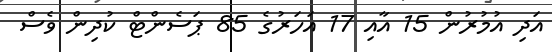
އަދި އުމުރުން 15 އާއި 17 އަހަރުގެ 85 ޕަސެންޓް ކުދިން ވެސް